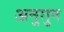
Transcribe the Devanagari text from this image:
अनुगुन